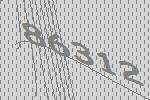
86312